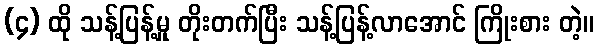
(၄) ထို သန့်ပြန့်မှု တိုးတက်ပြီး သန့်ပြန့်လာအောင် ကြိုးစား တဲ့။